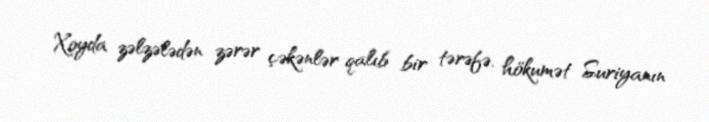
Xoyda zəlzələdən zərər çəkənlər qalıb bir tərəfə, hökumət Suriyanın